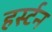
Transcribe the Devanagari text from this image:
हर्स्टन